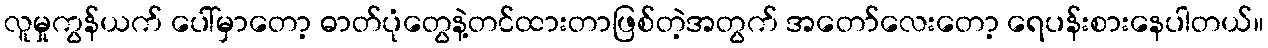
လူမှုကွန်ယက် ပေါ်မှာတော့ ဓာတ်ပုံတွေနဲ့တင်ထားတာဖြစ်တဲ့အတွက် အတော်လေးတော့ ရေပန်းစားနေပါတယ်။